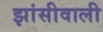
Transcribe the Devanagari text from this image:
झांसीवाली